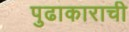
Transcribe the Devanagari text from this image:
पुढाकाराची